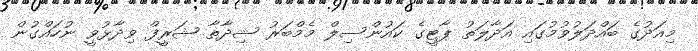
މިއަދުގެ ބައްދަލުވުމުގައި އަދާލަތު ޕާޓީގެ ކައުންސިލް މެމްބަރު ޝިދާތާ ޝަރީފް ވިދާޅުވީ ނުހައްގުން